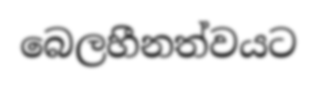
බෙලහීනත්වයට